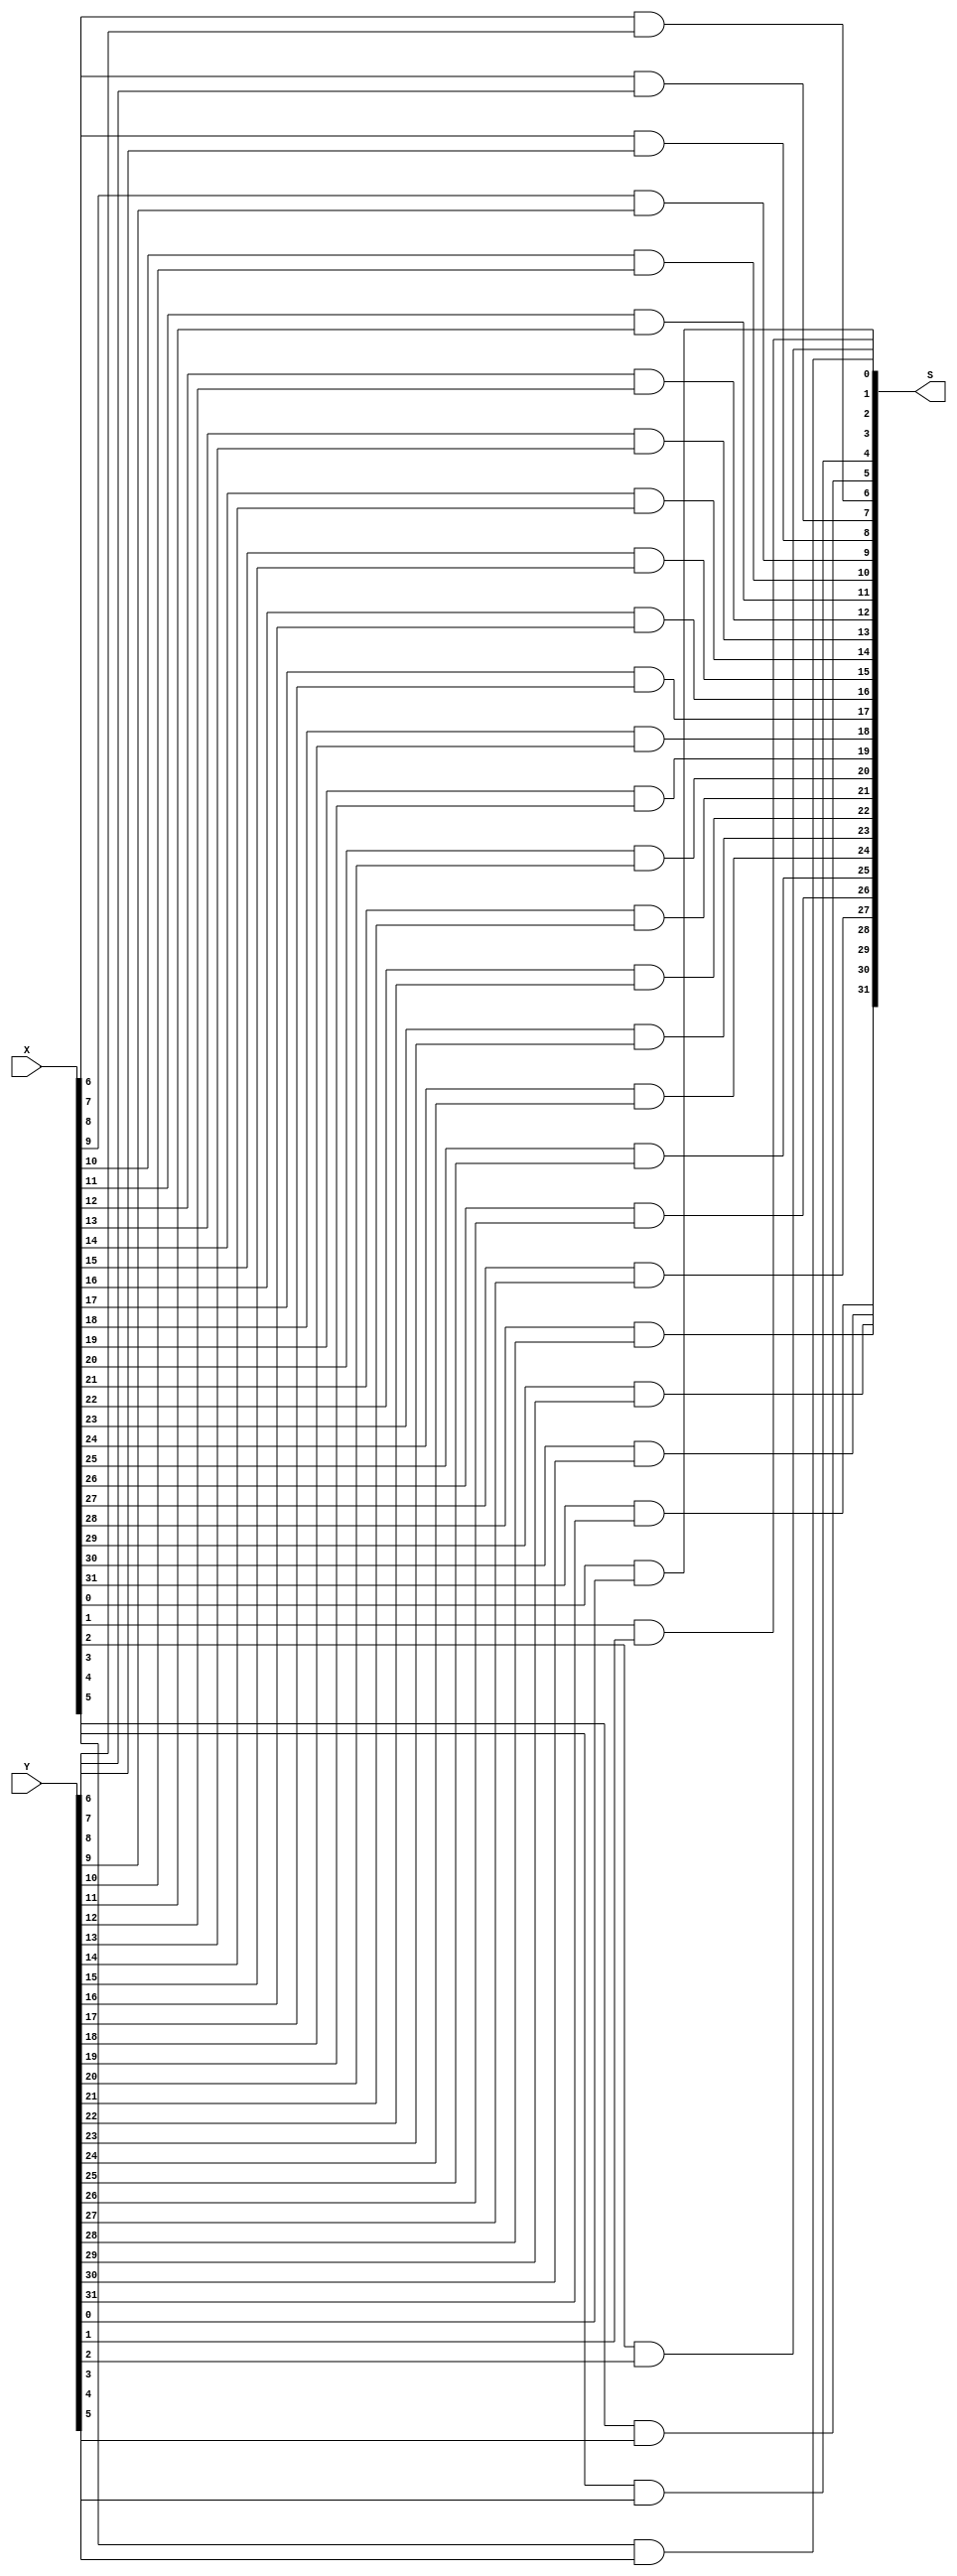
module AND32(X,Y,S);
    input[31:0] X,Y;
    output [31:0]S;
    and a0 (S[0],X[0],Y[0]);
    and a1 (S[1],X[1],Y[1]);
    and a2 (S[2],X[2],Y[2]);
    and a3 (S[3],X[3],Y[3]);
    and a4 (S[4],X[4],Y[4]);
    and a5 (S[5],X[5],Y[5]);
    and a6 (S[6],X[6],Y[6]);
    and a7 (S[7],X[7],Y[7]);
    and a8 (S[8],X[8],Y[8]);
    and a9 (S[9],X[9],Y[9]);
    and a10 (S[10],X[10],Y[10]);
    and a11 (S[11],X[11],Y[11]);
    and a12 (S[12],X[12],Y[12]);
    and a13 (S[13],X[13],Y[13]);
    and a14 (S[14],X[14],Y[14]);
    and a15 (S[15],X[15],Y[15]);
    and a16 (S[16],X[16],Y[16]);
    and a17 (S[17],X[17],Y[17]);
    and a18 (S[18],X[18],Y[18]);
    and a19 (S[19],X[19],Y[19]);
    and a20 (S[20],X[20],Y[20]);
    and a21 (S[21],X[21],Y[21]);
    and a22 (S[22],X[22],Y[22]);
    and a23 (S[23],X[23],Y[23]);
    and a24 (S[24],X[24],Y[24]);
    and a25 (S[25],X[25],Y[25]);
    and a26 (S[26],X[26],Y[26]);
    and a27 (S[27],X[27],Y[27]);
    and a28 (S[28],X[28],Y[28]);
    and a29 (S[29],X[29],Y[29]);
    and a30 (S[30],X[30],Y[30]);
    and a31 (S[31],X[31],Y[31]);
endmodule